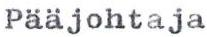
Pääjohtaja